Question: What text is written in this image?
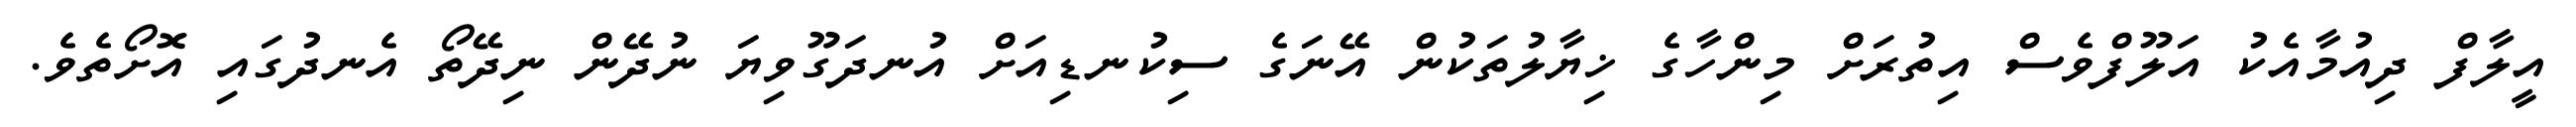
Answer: އީލާފް ދިއުމާއެކު އަލޫފްވެސް އިތުރަށް މިންހާގެ ޚިޔާލުތަކުން އޭނަގެ ސިކުނޑިއަށް އުނދަގޫވިޔަ ނުދޭން ނިދޭތޯ އެނދުގައި އޮށޯތެވެ.